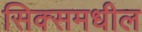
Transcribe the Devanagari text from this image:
सिक्समधील